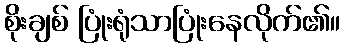
စိုးချစ် ပြုံးရုံသာပြုံးနေလိုက်၏။